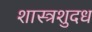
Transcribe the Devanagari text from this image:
शास्त्रशुदध